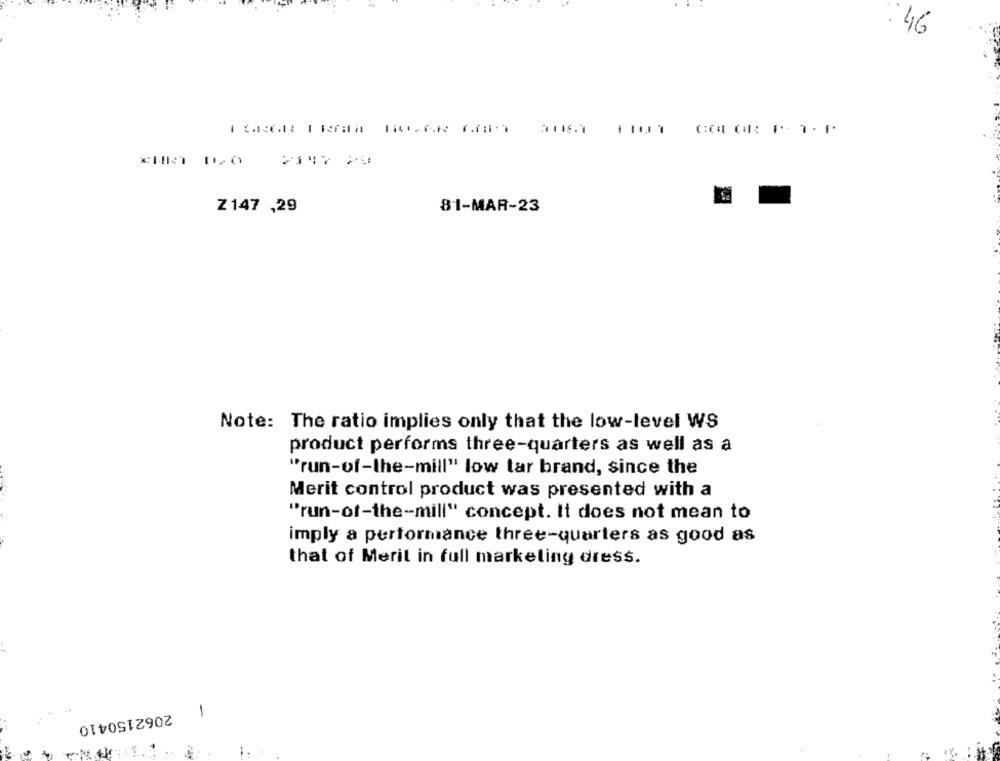
46
Z 147 ,29
81-MAR-23
Note: The ratio implies only that the low-level WS
product performs three-quarters as well as a
"run-of-the-mill" low tar brand, since the
Merit control product was presented with a
"run-of-the-mill" concept. It does not mean to
imply a performance three-quarters as good as
that of Merit in full marketing dress.
1
2062150410
1.